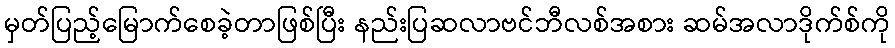
မှတ်ပြည့်မြောက်စေခဲ့တာဖြစ်ပြီး နည်းပြဆလာဗင်ဘီလစ်အစား ဆမ်အလာဒိုက်စ်ကို